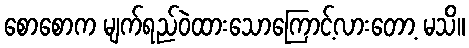
စောစောက မျက်ရည်ဝဲထားသောကြောင့်လားတော့ မသိ။